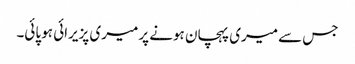
جس سے میری پہچان ہونے پر میری پزیرائی ہو پائی۔